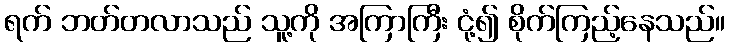
ရက် ဘတ်တလာသည် သူ့ကို အကြာကြီး ငုံ့၍ စိုက်ကြည့်နေသည်။